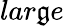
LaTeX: lar\mathfrak{g}e